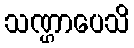
သဏ္ဌာပေသိ